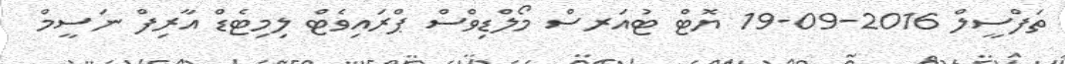
ތަފްސީލް 2016-09-19 ޔޮޓް ޓުއަރސް މޯލްޑިވްސް ޕްރައިވެޓް ލިމިޓެޑް އާރިފް ނަސީމް